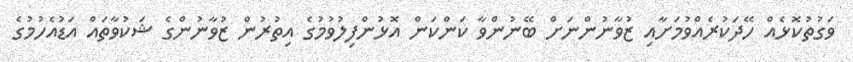
ވަގުތުކޮޅެއް ހޭދަކުރެއްވުމަށާއި ޒުވާނުންނަށް ބޭނުންވާ ކަންކަން އޮޅުންފިލުވުމުގެ އިތުރުން ޒުވާނުންގެ ޝަކުވާތައް އަޑުއެހުމުގެ